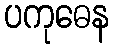
ပကုဓေန